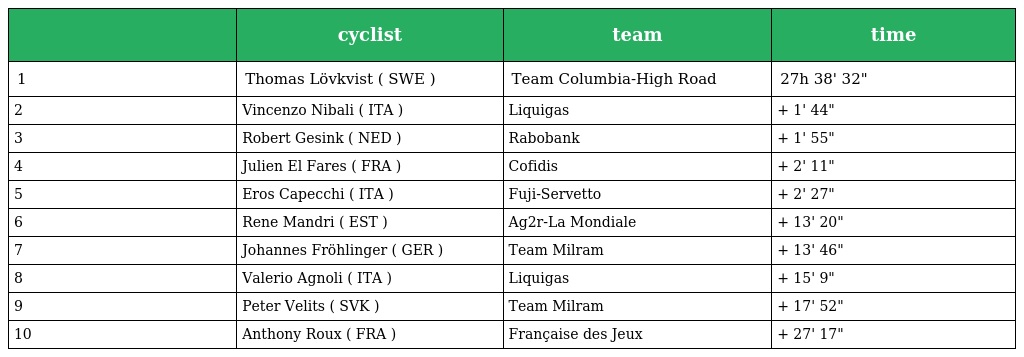
|  | cyclist | team | time |
 | --- | --- | --- | --- |
 | 1 | Thomas Lövkvist ( SWE ) | Team Columbia-High Road | 27h 38' 32" |
 | 2 | Vincenzo Nibali ( ITA ) | Liquigas | + 1' 44" |
 | 3 | Robert Gesink ( NED ) | Rabobank | + 1' 55" |
 | 4 | Julien El Fares ( FRA ) | Cofidis | + 2' 11" |
 | 5 | Eros Capecchi ( ITA ) | Fuji-Servetto | + 2' 27" |
 | 6 | Rene Mandri ( EST ) | Ag2r-La Mondiale | + 13' 20" |
 | 7 | Johannes Fröhlinger ( GER ) | Team Milram | + 13' 46" |
 | 8 | Valerio Agnoli ( ITA ) | Liquigas | + 15' 9" |
 | 9 | Peter Velits ( SVK ) | Team Milram | + 17' 52" |
 | 10 | Anthony Roux ( FRA ) | Française des Jeux | + 27' 17" |